Vana-Vandra_vallavalitsus, lk 37
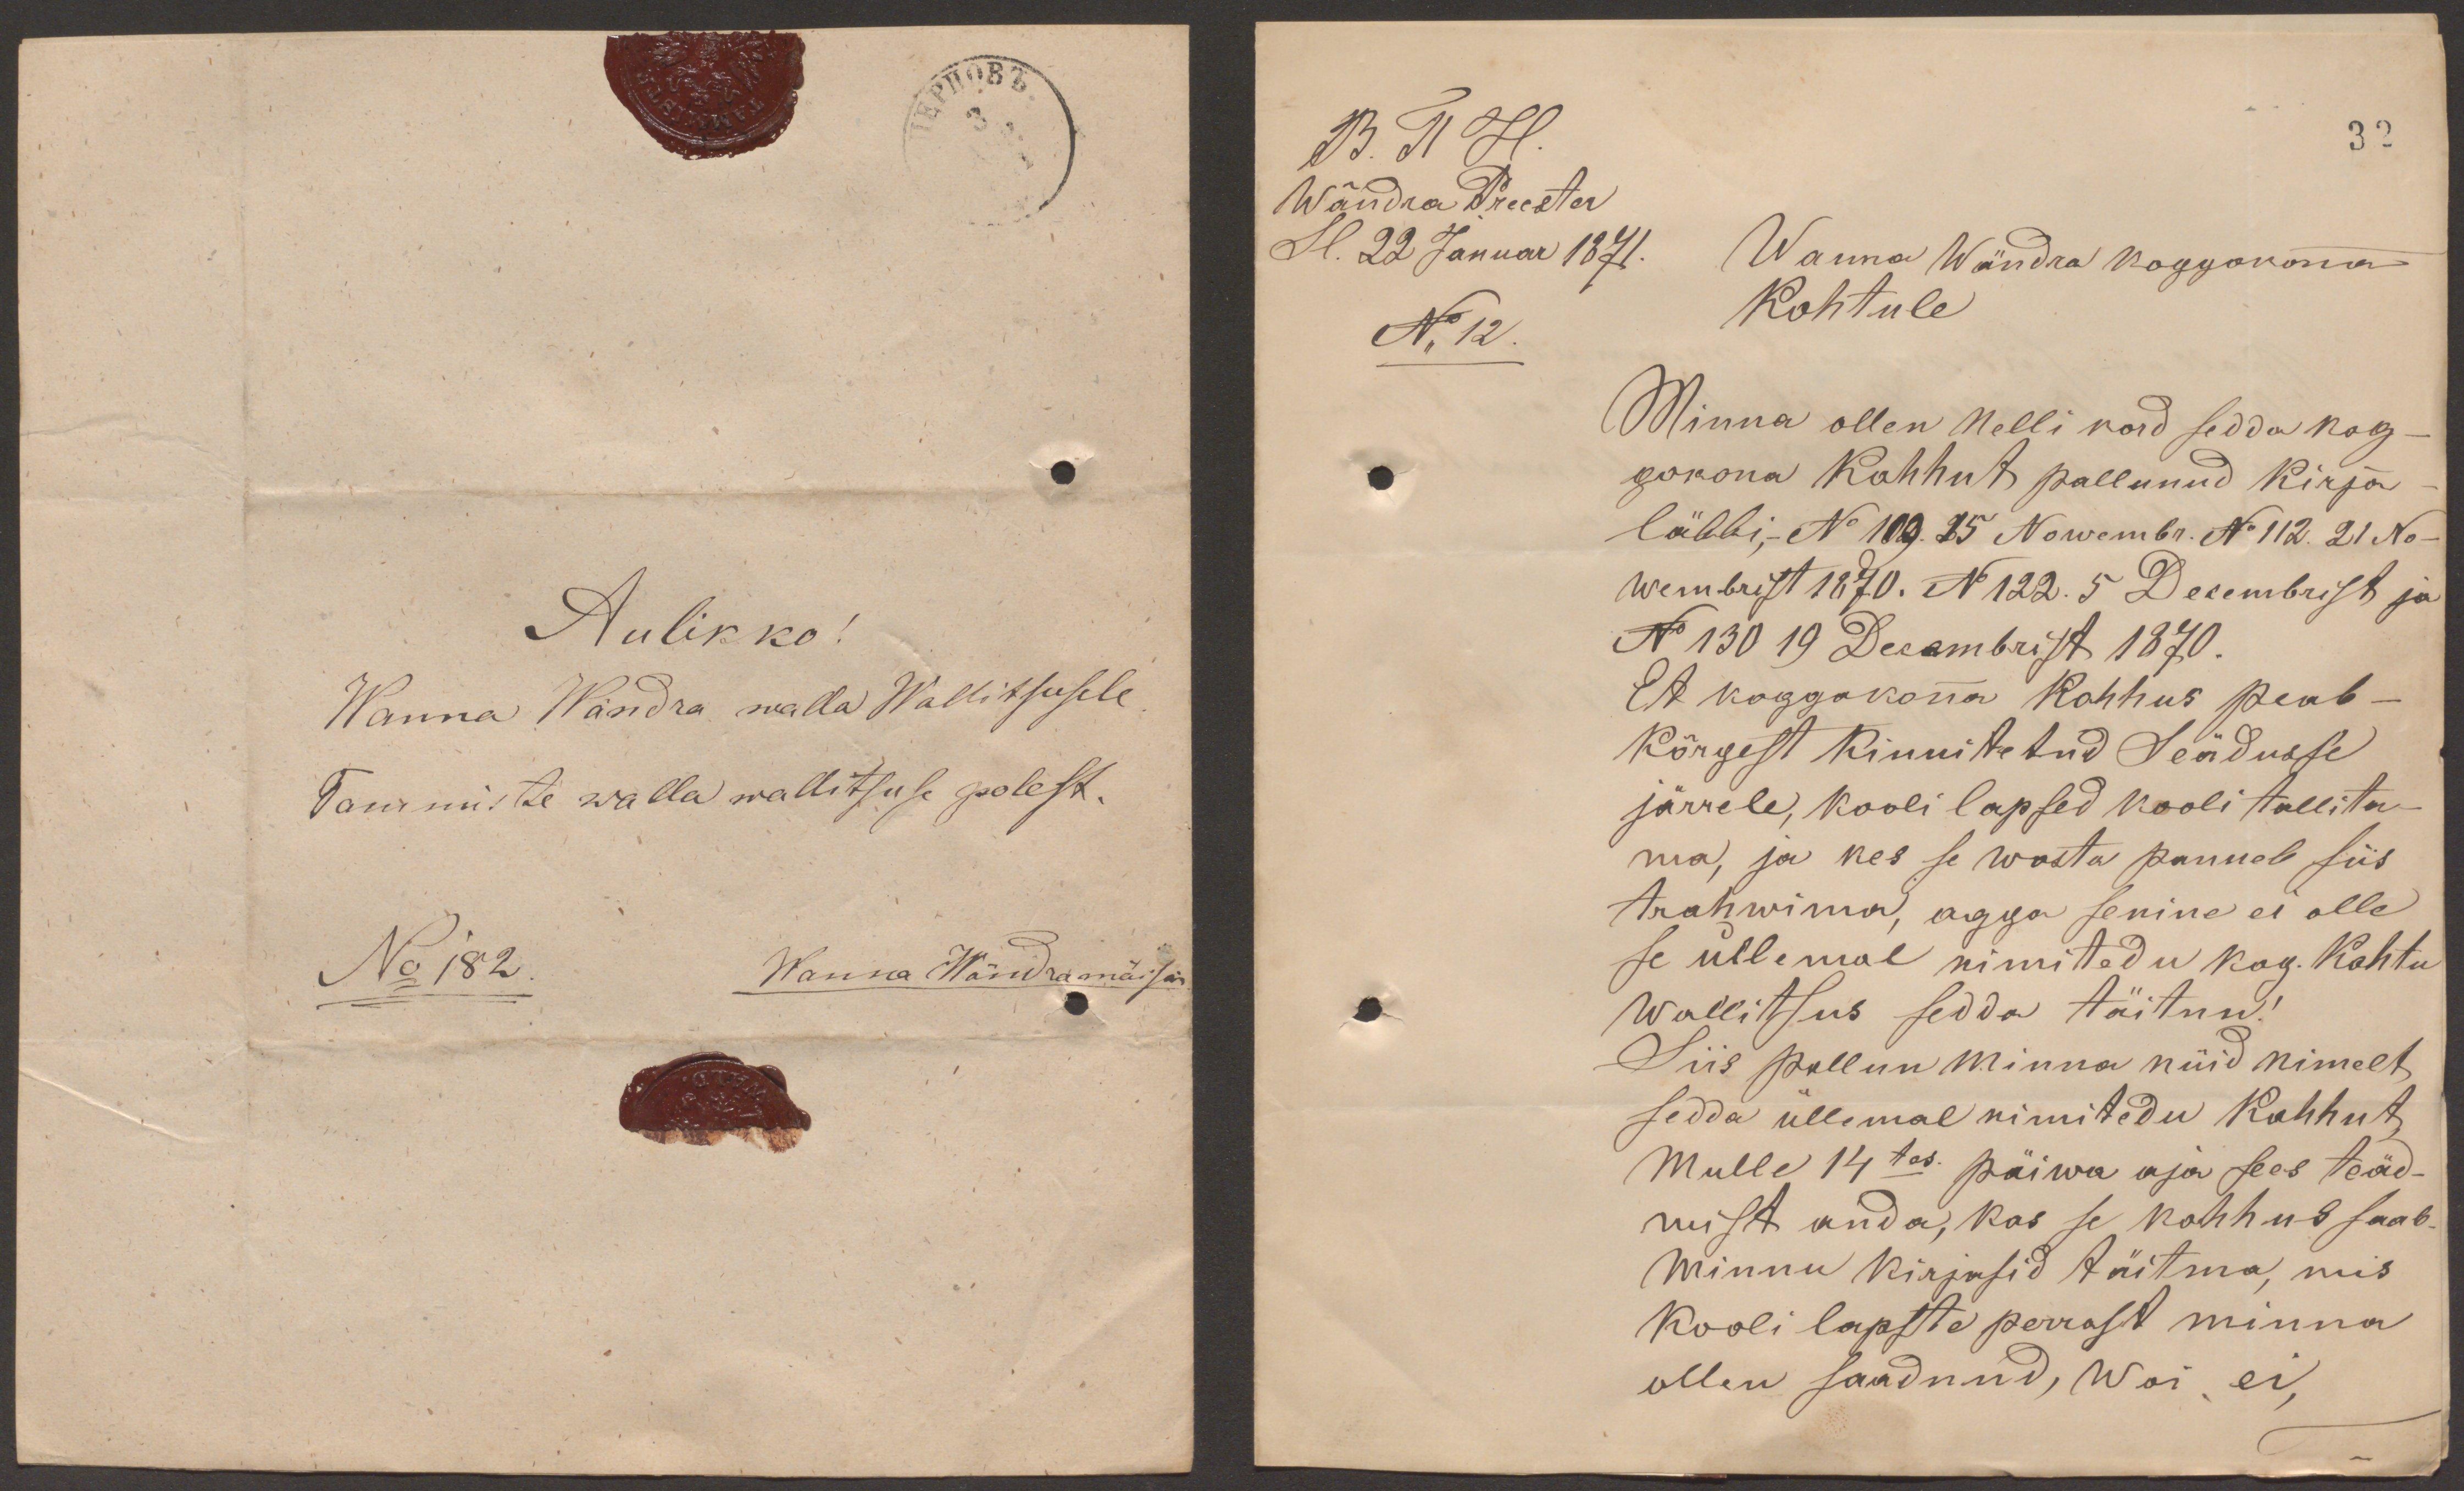
Aulikko!
Wanna Wändra walla Wallitsusele
Tammiste walla walitsuse polest.
No 182. Wanna Wändra moisas

B. P H
Wändra Preester
Sl. 22 Januar 1871.
No 12.

32
Wanna Wändra koggokonna
Kohtule
Minna ollen Nelli kord sedda kog-
kokona Kohhut pallunud kirja
läbbi, No 109. 25 Nowembr. No 112. 21 No-
wembrist 1870. No 122. 5 Decembrist ja
No 130 19 Decembrist 1870.
Et koggokonna Kohhus peab
Kõrgest Kinnitetud Seädusse
järrele, kooli lapsed koolitallitu
ma, ja kes se wastu panneb siis
trahwima, agga senine ei olle
se üllemal nimitedu kog. Kohtu
wallitsus sedda täitnu!
Siis pallun Minna nüid nimelt
sedda üllemal nimitedu Kohhut
Mulle 14 tes. päiwa aja sees teäd-
mist anda, kas se kohhud saab
Minnu kirjasid täitma, mis
Kooli lapste perrast minna
ollen saadnud, Woi ei,